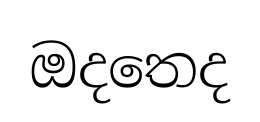
ඔදතෙද